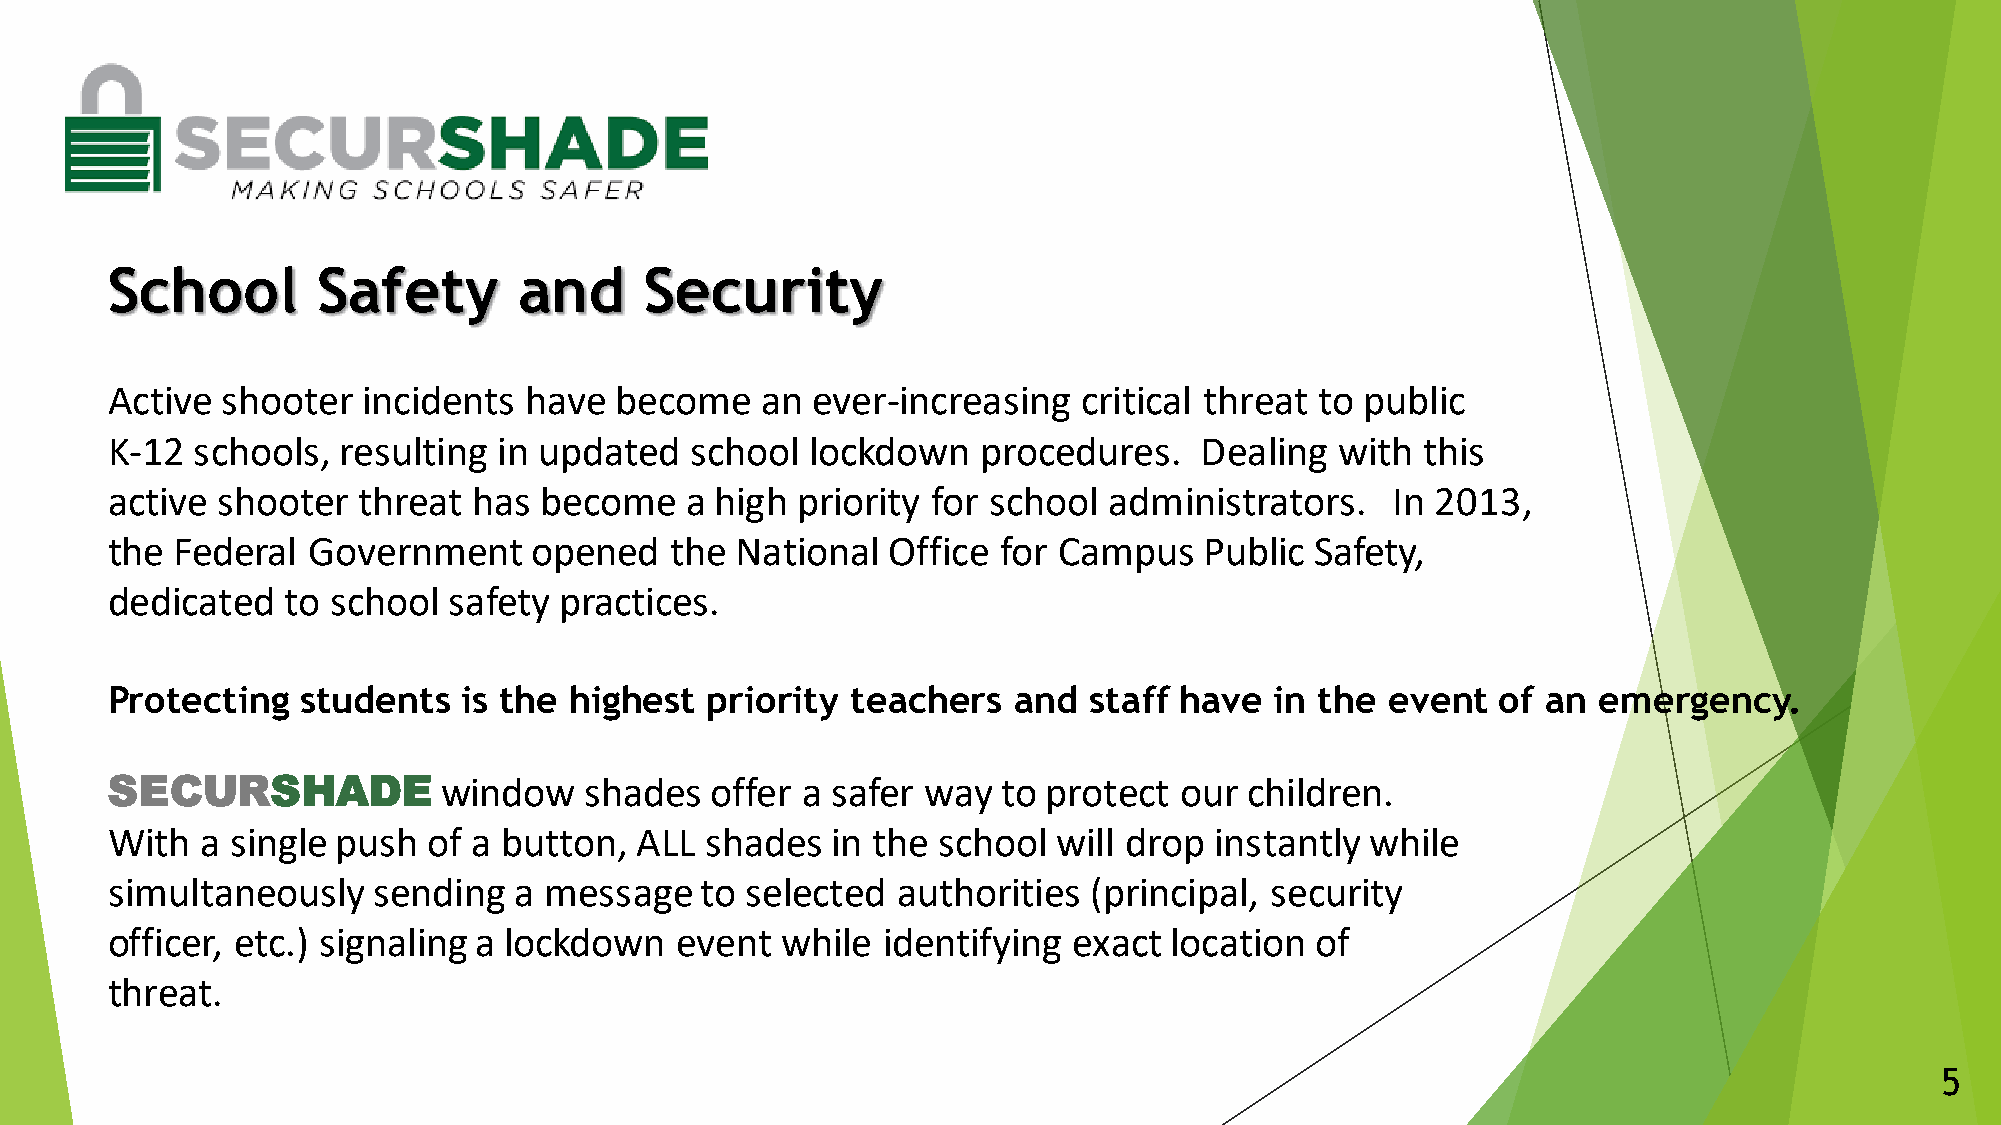
School        Safety       and      Security
 Active  shooter  incidents  have  become   an  ever-increasing   critical threat to public
 K-12  schools, resulting  in updated   school  lockdown   procedures.   Dealing   with this
 active shooter   threat has  become   a high  priority for school administrators.    In 2013,
 the Federal  Government     opened   the  National  Office for Campus    Public Safety,
 dedicated   to school  safety practices.
 Protecting   students   is the highest  priority teachers   and  staff have  in the  event  of an  emergency.
 SECURSHADE            window    shades  offer a safer way  to protect  our  children.
 With  a single push  of a button,  ALL  shades  in the school  will drop instantly  while
 simultaneously    sending  a message   to selected  authorities  (principal, security
 officer, etc.) signaling a lockdown   event  while identifying  exact location  of
 threat.
 5